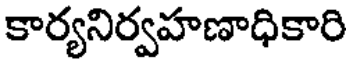
కార్యనిర్వహణాధికారి